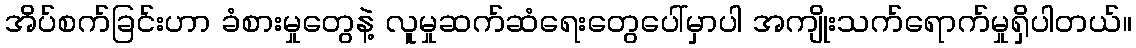
အိပ်စက်ခြင်းဟာ ခံစားမှုတွေနဲ့ လူမှုဆက်ဆံရေးတွေပေါ်မှာပါ အကျိုးသက်ရောက်မှုရှိပါတယ်။